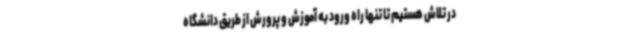
در تلاش هستیم تا تنها راه ورود به آموزش ‌و پرورش از طریق دانشگاه